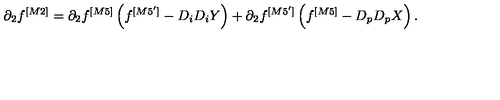
\partial _ { 2 } f ^ { [ M 2 ] } = \partial _ { 2 } f ^ { [ M 5 ] } \left( f ^ { [ M 5 ^ { \prime } ] } - D _ { i } D _ { i } Y \right) + \partial _ { 2 } f ^ { [ M 5 ^ { \prime } ] } \left( f ^ { [ M 5 ] } - D _ { p } D _ { p } X \right) .